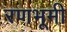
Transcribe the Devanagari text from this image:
रणभूमी